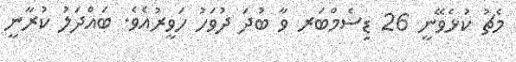
މެޗު ކުޅެވޭނީ 26 ޑިސެމްބަރ ވާ ބުދަ ދުވަހު ހަވީރުއެވެ. ބައްދަލު ކުރާނީ